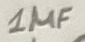
Text: 1µF